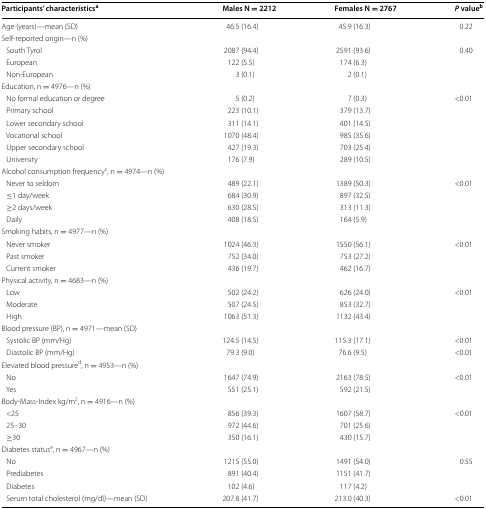
<table><thead><tr><td><b>Participants’ characteristics<sup>a</sup></b></td><td><b>Males N = 2212</b></td><td><b>Females N = 2767</b></td><td><b><i>P</i> value<sup>b</sup></b></td></tr></thead><tbody><tr><td>Age (years)—mean (SD)</td><td>46.5 (16.4)</td><td>45.9 (16.3)</td><td>0.22</td></tr><tr><td>Self-reported origin—n (%)</td><td></td><td></td><td></td></tr><tr><td> South Tyrol</td><td>2087 (94.4)</td><td>2591 (93.6)</td><td rowspan="3">0.40</td></tr><tr><td> European</td><td>122 (5.5)</td><td>174 (6.3)</td></tr><tr><td> Non-European</td><td>3 (0.1)</td><td>2 (0.1)</td></tr><tr><td>Education, n = 4976—n (%)</td><td></td><td></td><td></td></tr><tr><td> No formal education or degree</td><td>5 (0.2)</td><td>7 (0.3)</td><td rowspan="6">&lt;0.01</td></tr><tr><td> Primary school</td><td>223 (10.1)</td><td>379 (13.7)</td></tr><tr><td> Lower secondary school</td><td>311 (14.1)</td><td>401 (14.5)</td></tr><tr><td> Vocational school</td><td>1070 (48.4)</td><td>985 (35.6)</td></tr><tr><td> Upper secondary school</td><td>427 (19.3)</td><td>703 (25.4)</td></tr><tr><td> University</td><td>176 (7.9)</td><td>289 (10.5)</td></tr><tr><td>Alcohol consumption frequency<sup>c</sup>, n = 4974—n (%)</td><td></td><td></td><td></td></tr><tr><td> Never to seldom</td><td>489 (22.1)</td><td>1389 (50.3)</td><td rowspan="4">&lt;0.01</td></tr><tr><td> ≤1 day/week</td><td>684 (30.9)</td><td>897 (32.5)</td></tr><tr><td> ≥2 days/week</td><td>630 (28.5)</td><td>313 (11.3)</td></tr><tr><td> Daily</td><td>408 (18.5)</td><td>164 (5.9)</td></tr><tr><td>Smoking habits, n = 4977—n (%)</td><td></td><td></td><td></td></tr><tr><td> Never smoker</td><td>1024 (46.3)</td><td>1550 (56.1)</td><td rowspan="3">&lt;0.01</td></tr><tr><td> Past smoker</td><td>752 (34.0)</td><td>753 (27.2)</td></tr><tr><td> Current smoker</td><td>436 (19.7)</td><td>462 (16.7)</td></tr><tr><td>Physical activity, n = 4683—n (%)</td><td></td><td></td><td></td></tr><tr><td> Low</td><td>502 (24.2)</td><td>626 (24.0)</td><td rowspan="3">&lt;0.01</td></tr><tr><td> Moderate</td><td>507 (24.5)</td><td>853 (32.7)</td></tr><tr><td> High</td><td>1063 (51.3)</td><td>1132 (43.4)</td></tr><tr><td>Blood pressure (BP), n = 4971—mean (SD)</td><td></td><td></td><td></td></tr><tr><td> Systolic BP (mm/Hg)</td><td>124.5 (14.5)</td><td>115.3 (17.1)</td><td>&lt;0.01</td></tr><tr><td> Diastolic BP (mm/Hg)</td><td>79.3 (9.0)</td><td>76.6 (9.5)</td><td>&lt;0.01</td></tr><tr><td>Elevated blood pressure<sup>d</sup>, n = 4953—n (%)</td><td></td><td></td><td></td></tr><tr><td> No</td><td>1647 (74.9)</td><td>2163 (78.5)</td><td rowspan="2">&lt;0.01</td></tr><tr><td> Yes</td><td>551 (25.1)</td><td>592 (21.5)</td></tr><tr><td>Body-Mass-Index kg/m<sup>2</sup>, n = 4916—n (%)</td><td></td><td></td><td></td></tr><tr><td> &lt;25</td><td>856 (39.3)</td><td>1607 (58.7)</td><td rowspan="3">&lt;0.01</td></tr><tr><td> 25–30</td><td>972 (44.6)</td><td>701 (25.6)</td></tr><tr><td> ≥30</td><td>350 (16.1)</td><td>430 (15.7)</td></tr><tr><td>Diabetes status<sup>e</sup>, n = 4967—n (%)</td><td></td><td></td><td></td></tr><tr><td> No</td><td>1215 (55.0)</td><td>1491 (54.0)</td><td rowspan="3">0.55</td></tr><tr><td> Prediabetes</td><td>891 (40.4)</td><td>1151 (41.7)</td></tr><tr><td> Diabetes</td><td>102 (4.6)</td><td>117 (4.2)</td></tr><tr><td> Serum total cholesterol (mg/dl)—mean (SD)</td><td>207.8 (41.7)</td><td>213.0 (40.3)</td><td>&lt;0.01</td></tr></tbody></table>